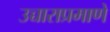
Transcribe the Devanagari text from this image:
उच्चाराप्रमाणे